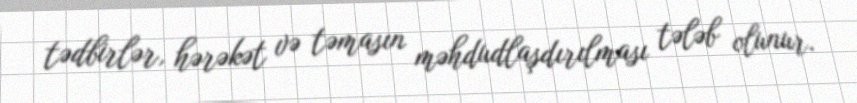
tədbirlər, hərəkət və təmasın məhdudlaşdırılması tələb olunur.